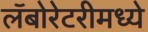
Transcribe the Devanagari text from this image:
लॅबोरेटरीमध्ये